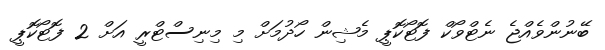
ބޭނުންވެއްޖެ ނެޓްވޯކް ފޮޓޯކޮޕީ މެޝިން ހޯދުމަށް މި މިނިސްޓްރީ އަށް 2 ފޮޓޯކޮޕީ